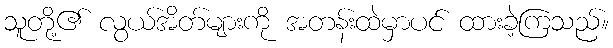
သူတို့၏ လွယ်အိတ်များကို အတန်းထဲမှာပင် ထားခဲ့ကြသည်။